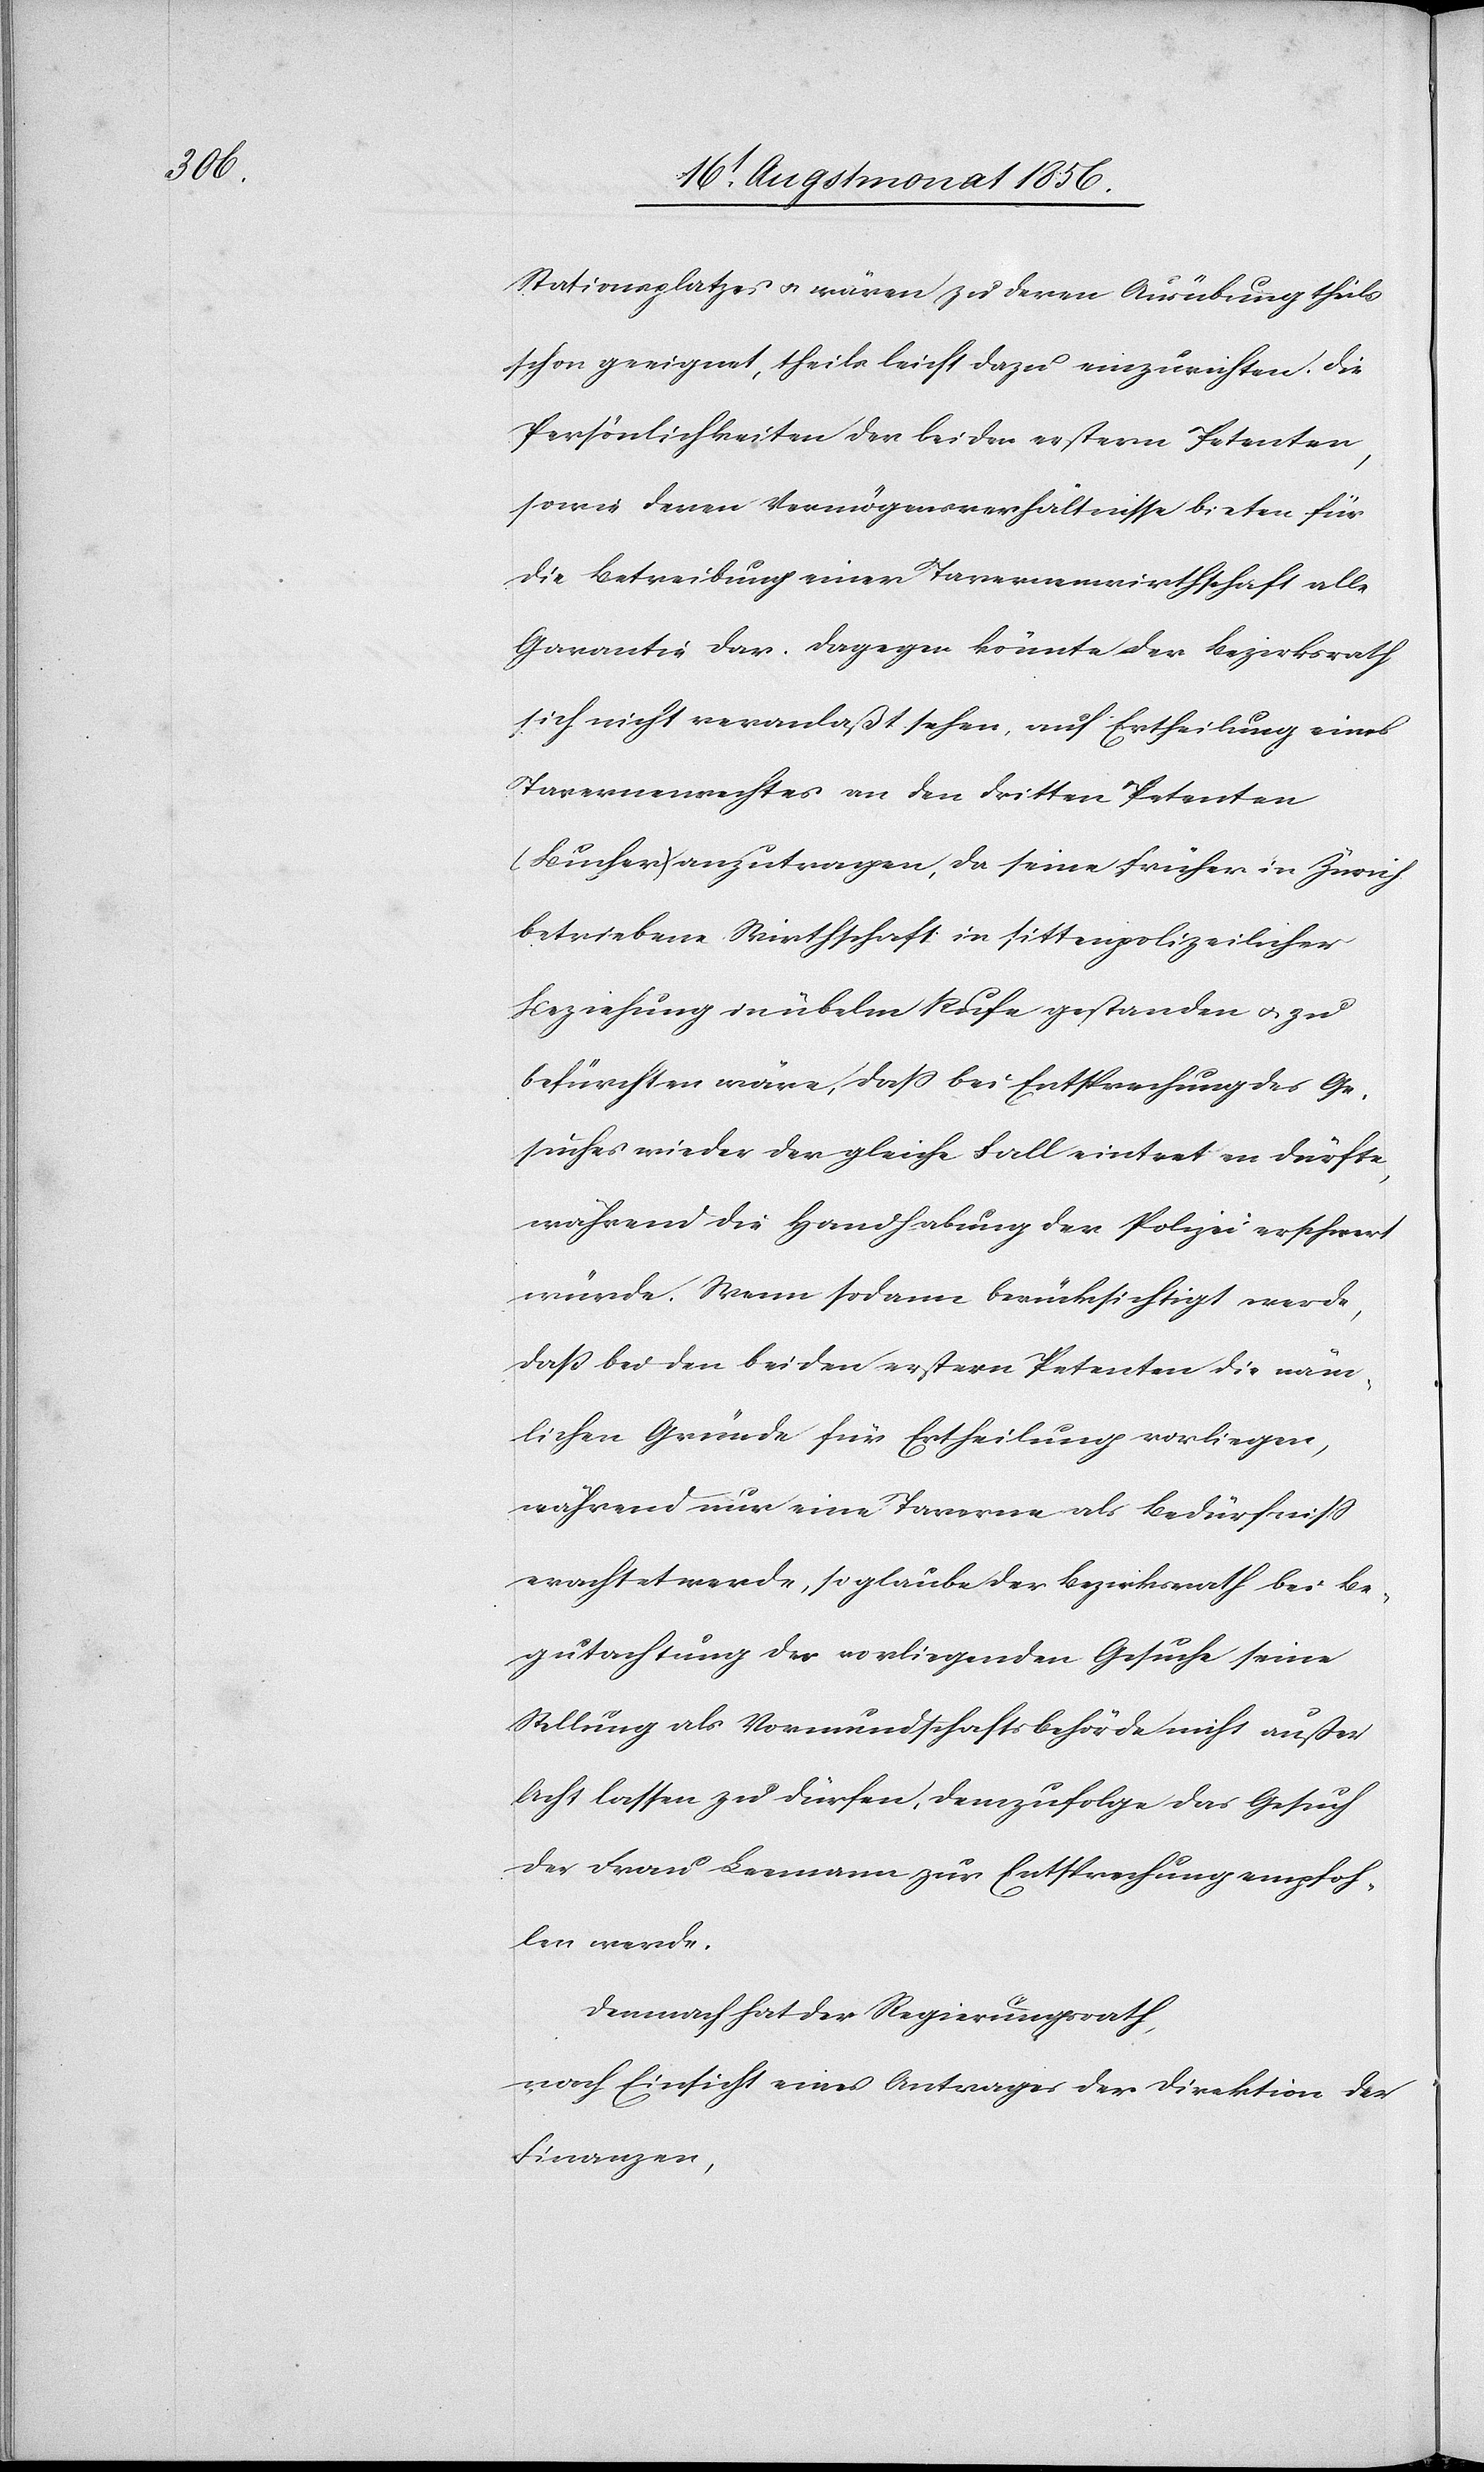
Stationsplatzes u. wären zu deren Ausübung theils
schon geeignet, theils leicht dazu einzurichten. Die
Persönlichkeiten der beiden erstern Petenten,
sowie deren Vermögensverhältnisse bieten für
die Betreibung einer Tavernenwirthschaft alle
Garantie dar. Dagegen könnte Bezirksrath
sich nicht veranlaßt sehen, auf Ertheilung eines
Tavernenrechtes an den dritten Petenten
(Bucher) anzutragen, da seine früher in Zürich
betriebene Wirthschaft in sittenpolizeilicher
Beziehung in übelm Rufe gestanden u. zu
befürchten wäre, dass bei Entsprechung des Ge¬
suches wieder der gleiche Fall eintreten dürfte,
während die Handhabung der Polizei erschwert
würde. Wenn sodann berücksichtigt werde,
dass bei den beiden erstern Petenten die näm¬
lichen Gründe für Ertheilung vorliegen,
während nur eine Taverne als Bedürfniss
erachtet werde, so glaube der Bezirksrath bei Be¬
gutachtung der vorliegenden Gesuche seine
Stellung als Vormundschaftsbehörde nicht außer
Acht lassen zu dürfen, demzufolge das Gesuch
der Frau Leemann zur Entsprechung empfoh¬
len werde.
Demnach hat der Regierungsrath,
nach Einsicht eines Antrages der Direktion der
Finanzen,